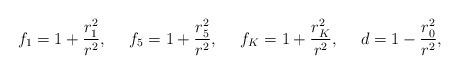
LaTeX: \begin{align*}f_1= 1 +{ r_1^2 \over r^2}, ~~~~ f_5= 1 +{ r_5^2 \over r^2},~~~~f_K = 1 + { r_K^2 \over r^2},~~~~ d = 1 - { r_0^2 \over r^2},\end{align*}